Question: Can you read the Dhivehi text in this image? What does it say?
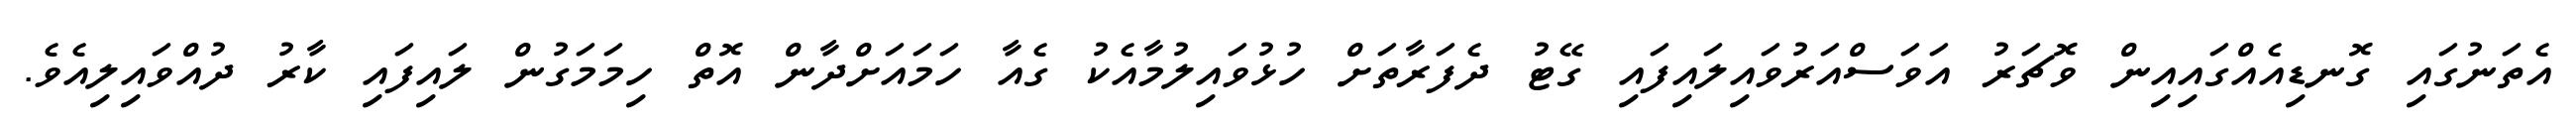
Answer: އެތަނުގައި ގޮނޑިއެއްގައިއިން ވޮޗަރު އަވަސްއަރުވައިލައިފައި ގޭޓު ދެފަރާތަށް ހުޅުވައިލުމާއެކު ގެއާ ހަމައަށްދާން އޮތް ހިމަމަގުން ލައިފައި ކާރު ދުއްވައިލިއެވެ.